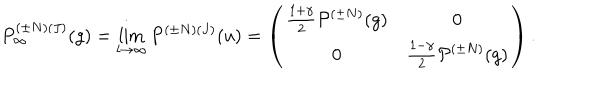
P _ { \infty } ^ { ( { \pm } N ) ( J ) } ( g ) = \lim _ { l { \rightarrow } { \infty } } P ^ { ( { \pm } N ) ( J ) } ( u ) = \left( \begin{array} { c c } { { \frac { 1 + { \gamma } } { 2 } { \cal P } ^ { ( { \pm } N ) } ( g ) } } & { { 0 } } \\ { { 0 } } & { { \frac { 1 - { \gamma } } { 2 } { \cal P } ^ { ( { \pm } N ) } ( g ) } } \\ \end{array} \right) .